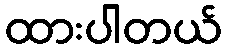
ထားပါတယ်